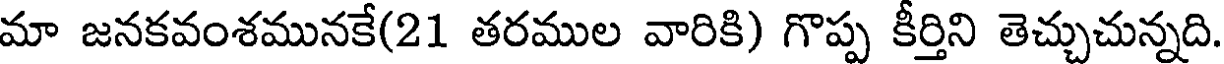
మా జనకవంశమునకే(21 తరముల వారికి) గొప్ప కీర్తిని తెచ్చుచున్నది